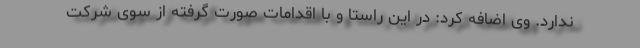
ندارد. وی اضافه کرد: در این راستا و با اقدامات صورت گرفته از سوی شرکت